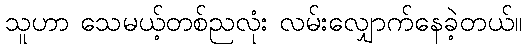
သူဟာ သေမယ့်တစ်ညလုံး လမ်းလျှောက်နေခဲ့တယ်။